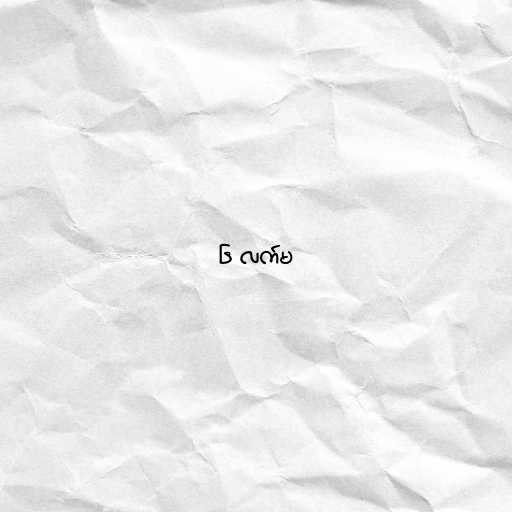
၆ လက်မ